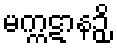
မက္ကဋာနဉှိ